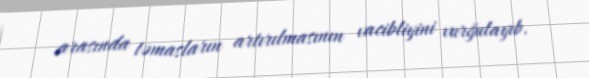
arasında təmasların artırılmasının vacibliyini vurğulayıb.